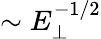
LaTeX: \sim E_{\perp}^{-1/2}